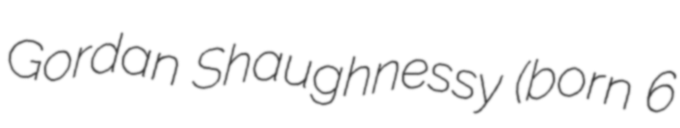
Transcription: Gordan Shaughnessy (born 6